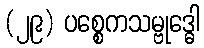
(၂၉) ပစ္စေကသမ္ဗုဒ္ဓေါ